Medical and sanitary report of the native army of Bengal for the year
Year: 1877
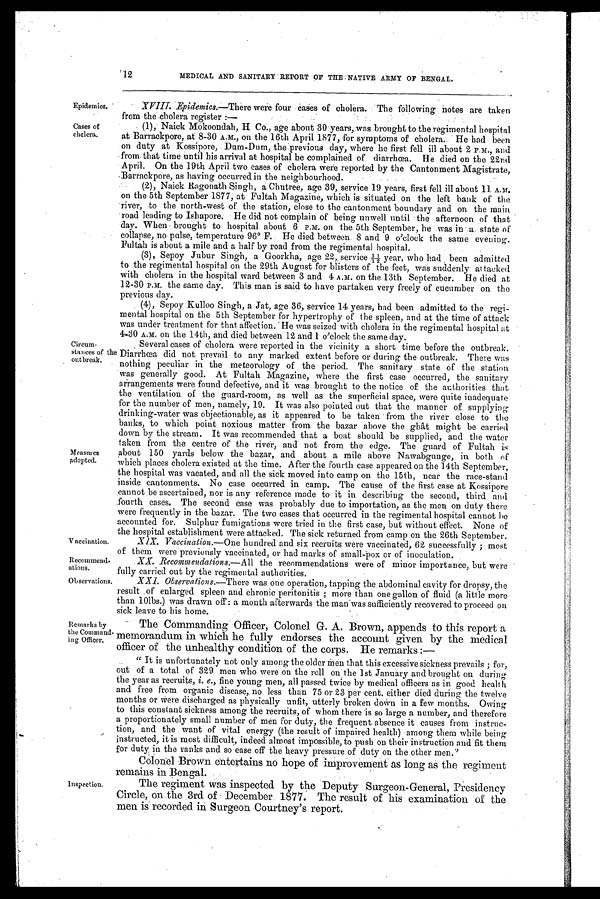
Epidemics.
Cases of
cholera.
Recommend.
ations.
Observations,
'1.2
MEDICAL AND SANITARY REPORT OF THE: NATIVE ARMY OP BENGAL.
Epidemics.—There were four eases of cholera. The following notes are taken
from the cholera register :—
•
(1),Naick Mokoondah, H Co., age about years, was brought to theregimental hospital
at Barrackpore, at 8-30 A.M., on the 16th April 1877, for symptoms of cholera.:.' He had been
on duty at Kossipore, Dum-Dum, the previous day, where he first fell ill about 2 P.m., and
.from,that time until his arrival at hospital he complained of diarrhea. He died on the 22nd
April. On the 19th April two cases of cholera were reported by the Cantonment Magistrate,
.Barrackpore, as having occurred in the neighbourhood.
(2), Naick Ragonath Singh, a Chutree, age 39, service 19 years, first fell ill about 11 A.M.
on the 5th September 1877, at Fultah Magazine, which is situated on the left bank of the
river, to the north-west of the station, close to the cantonment boundary and on the main
road leading to Ishapore. He did not complain of being unwell until the afternoon of that
day. When brought to hospital about 6 P.M. on the 5th September, he was in a state of
• collapse, no pulse, temperature 96°F. He died between 8 and 9 o'clock the same evening.
Fultah is about a mile and a half by road from the regimental hospital.
.
(3), Sepoy Jubur Singh, a Goorkha, age 22, service 11/12 y e a r , w h o h a d b e e n a d m i t t e d
to the regimental hospital on the 29th August for blisters of the feet, was suddenly attacked
With cholera in the hospital ward between 3 and 4 A.M. on the 13th September. He died at
12-30 P.M. the same day. This man is said to have partaken very freely of cucumber on the
previous day.
. (4), Sepoy Kulloo Singh, a Jat, age 36, service 14 years, had been admitted to the regi-
mental hospital on the 5th September for hypertrophy of the spleen, and at the time of attack
was under treatment for that affection. He was seized with cholera in the regimental hospital at
4.30 A .M. on the 14th, and died between 12 and 1 o'clock the same day.
Circum-
stances of the
outbreak.
Measures
adopted.
Vaccination.
Several cases of cholera were reported in the vicinity a short time before the outbreak.
Diarrhea did not prevail to any marked extent before or during the outbreak. There was
nothing peculiar in the meteorology of the period. The sanitary state of the station
was generally good. At Fultah Magazine, where the first case occurred, the sanitary
arrangements were found defective, and it was brought to the notice of the authorities that
the ventilation of the guard-room, as well as the superficial space, were quite inadequate
for the number of men, namely, 19. It was also pointed out that the manner of supplying
drinking-water was objectionable, as it appeared to be taken from the river close to the
banks, to which point noxious matter from the bazar above the ghat might be carried
down by the stream. It was recommended that a boat should be supplied, and the water
taken from the centre of the river, and not from the edge. The guard of Fultah is
about 150 yards below the bazar, and about a mile above Nawabgunge, in both of
which places cholera existed at the time. After the fourth case appeared on the 14th September,
the hospital was vacated, and all the sick moved into camp on the 15th, near the race-stand
inside cantonments. No case occurred in camp. The cause of the first case at Kossipore
cannot be ascertained, nor is any reference made to it in describing the second, third and
fourth cases. The second case was probably due to importation, as the men on duty there
were frequently in the bazar. The two cases that occurred in the regimental hospital cannot be
accounted for. Sulphur fumigations were tried in the first case, but without effect. None of
the hospital establishment were attacked. The sick returned from camp on the 26th September.
XIX. Vaccination.—One hundred and six recruits were vaccinated, 62 successfully ; most
of them were previously vaccinated, or had marks of small-pox or of inoculation.
Remarks by
the Command.
ing Officer.
Inspection.
XX. Recommendations.--All the recommendations were of minor importance, but were
fully carried out by the regimental authorities.
.
X X I . o b s e r v a t i o n s .
T h e r ew
a s o n e o p e r a t i o n ,
t a p p i n g t h e
a b d o m i n a l c a v i t y t o r d r o p s y ,t
h e
result of enlarged spleen and chronic peritonitis ; more than one gallon of fluid (a little more
than l0lbs.) was drawn of: a month afterwards the man was sufficiently recovered to proceed on
sick leave to his home.
The Commanding Officer, Colonel G. A. Brown, appends to this report a
memorandum in which he fully endorses the account given by the medical
off icer of the unhealthy condition of the corps. He remarks :—
" It is unfortunately not only among the older Men that this excessive sickness prevails ; for,
out of a total of 329 men who were on the roll on the 1st January and brought on during
the year as recruits, i. e., fine young men, all passed twice by medical officers as in good health
and free from organic disease, no less than 75 or 23 per cent. either died during the twelve
months or were discharged as physically unfit, utterly broken down in a few months. Owing
to this constant sickness among the recruits, of whom there is so large a number, and therefore
a proportionately small number of men for duty, the frequent absence it causes from instruc-
tion, and the want of vital energy (the result of impaired health) among them while being
instructed, it is most difficult, indeed almost impossible, to push on their instruction and fit them
for duty in the ranks and so ease off the heavy pressure of duty on the other men.''
Colonel Brown entertains no hope of improvement as long as the regiment
remains in Bengal.
The regiment was inspected by the Deputy Surgeon-General, Presidency
Circle, on the 3rd of December 1877. The result of his examination of the
men is recorded in surgeon Courtney's report.